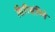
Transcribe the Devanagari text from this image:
सिरिसंपिगे